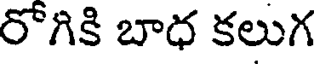
రోగికి బాధ కలుగ